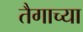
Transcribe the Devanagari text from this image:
तैगाच्या